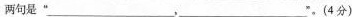
两句是”___，___ ”。(4分)